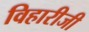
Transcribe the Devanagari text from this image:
विहारीजी